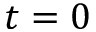
t = 0